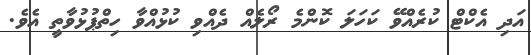
އަދި އެކްޓް ކުރެއްވޭ ކަހަލަ ކޮންމެ ރޯލެއް ދެއްވި ކުޅުއްވާ ހިތްޕުޅުވާތީ އެވެ.